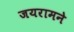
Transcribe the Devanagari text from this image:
जयरामने